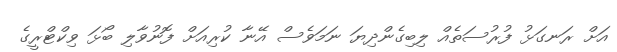
އަށް ރަނގަޅު ފުރުސަތެއް ލިބިގެންދިޔަ ނަމަވެސް އޭނާ ކުރިއަށް ފޮނުވާލި ބޯޅަ ވިކްޓްރީގެ